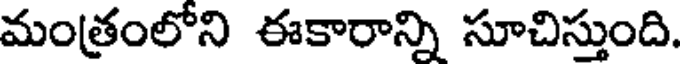
మంత్రంలోని ఈకారాన్ని సూచిస్తుంది.